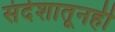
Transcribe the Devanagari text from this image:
संदेशातूनही